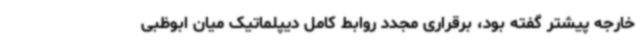
خارجه پیشتر گفته بود، برقراری مجدد روابط کامل دیپلماتیک میان ابوظبی